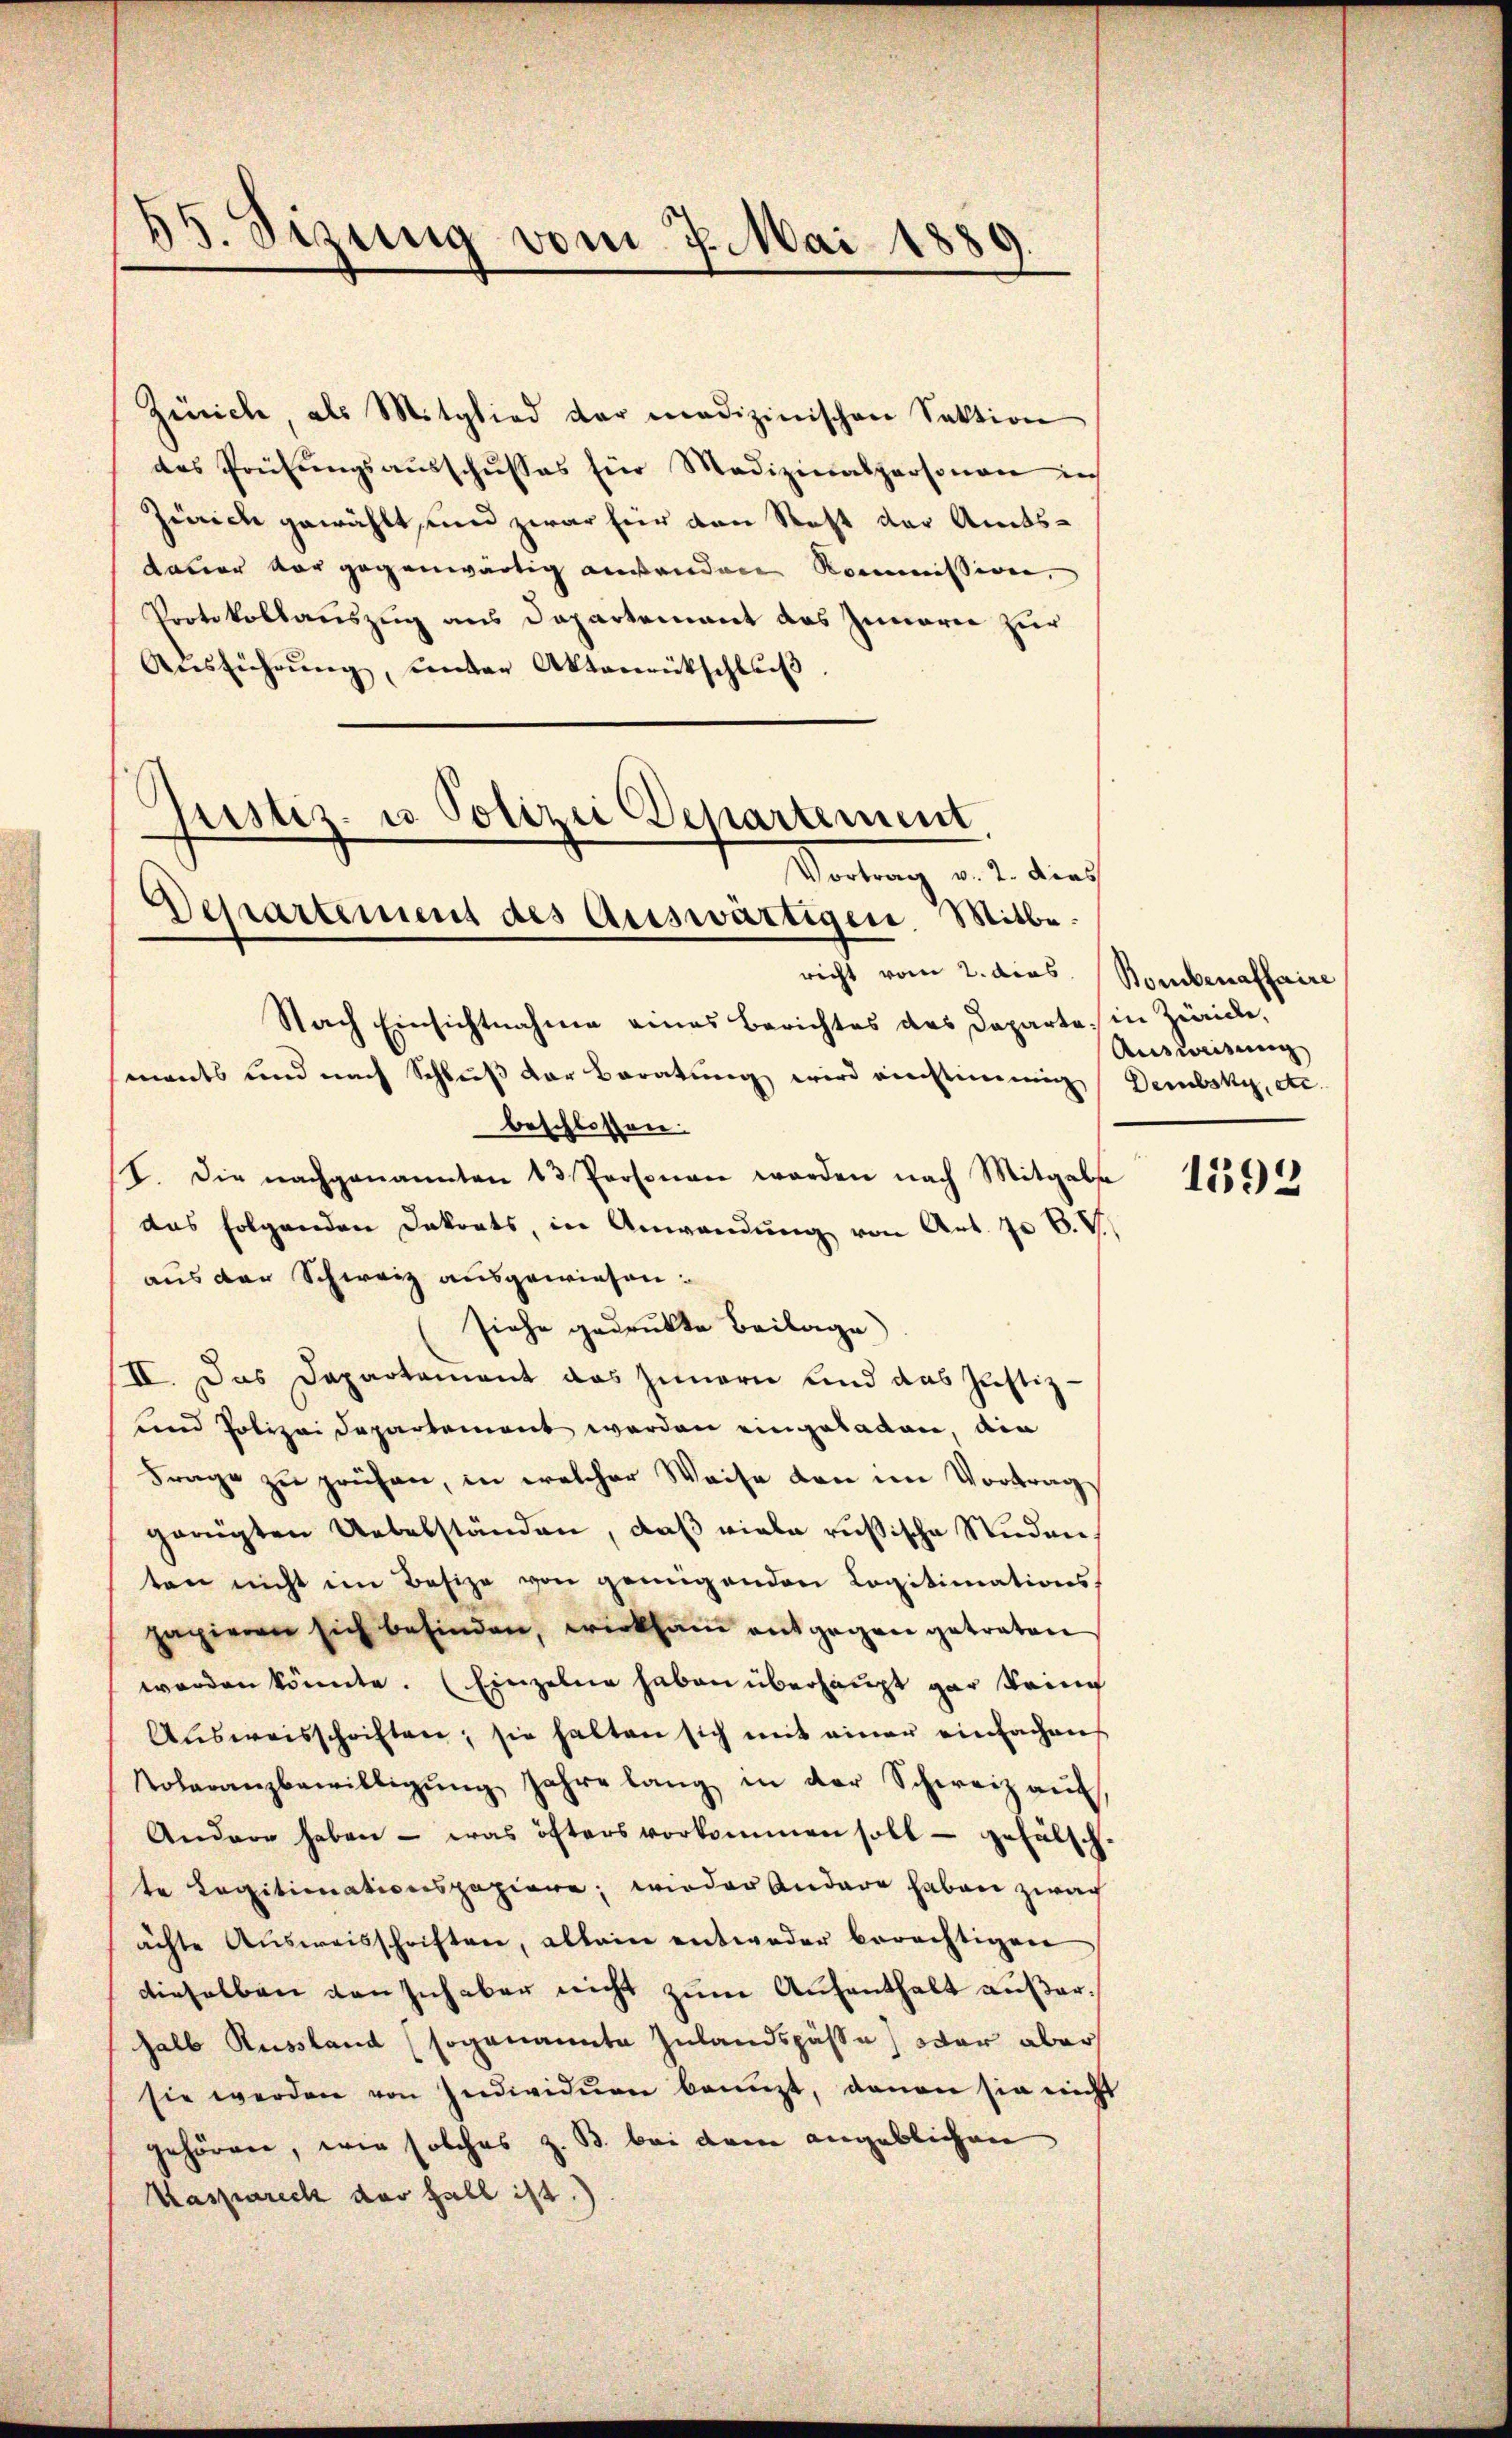
55. Sizung vom 7. Mai 1880

Zürich, als Mitglied der medizinischen Sektion
das Prüfungsausschusses für Medizinalpersonen in
Zürich gewählt, und zwar hier von Statt der Amtsdauer vor gegenwärtig ausenden Kommission,
Protokollauszug aus Departement das Innarie zur
Aŭsführŭng, unter Aktenrütschlŭβ
.
Nach Einsichtnahme eines Berichtes des Departe in Zürich,
ments und nach Schluß der Beratung wird einstimmig Dembsky, etc.
beschlossen:
I. Die nachgenannten 13 Personen werden nach Mitgabsa
das folgenden Dekorats, in Anwendŭng von Art. J. B. V
aus der Schweiz ausgewiesen:
siehe gedrukte Beilage)
II. Das Dapartament das Innern und das Justiz-
und Polizei Departement werden eingeladen, ain
Frage zu prüfen, in welcher Weise den im Vortrag
ganigten Uebelständen, daß viele russische Studen,
ten nicht im Besize von genügenden Legitimations
papieren sich befinden, wirksam entgegen getreten
werden könnte. (Einzelne haben überhaupt gar keine
Aŭsweisschriften; sie halten sich mit einer einfachens
Toleranzbewilligŭng Jahre lang in der Schweiz aŭf
Andere haben - was öfters vorkommen soll gefälsch-
te Legitimationspapiere; wieder Andere haben zwach
ächte Aŭsweisschriften, allein entweder berechtigen
dieselben von sich aber nicht zum Aufenthalt außerhalb Russland (sogenannte Zulandspässe) war aber
sie werden von Individuen bringt, daran sie nicht
gehören, wie solches z. B. bei dem angeblichen
Kaspareck der Fall ist.)

pustiz- u Polizei Departement
Vartung aus durch
Dessartement des Auswärtigen. Mitbe.
richt vom 2. dies

Bombenaffaire
Ausweisung

1592